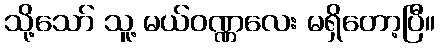
သို့သော် သူ့ မယ်ဝဏ္ဏလေး မရှိတော့ပြီ။